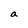
Character: a